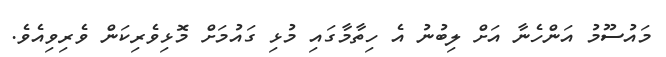
މައުސޫމު އަންހެނާ އަށް ލިބުނު އެ ހިތާމާގައި މުޅި ގައުމަށް މޮޅިވެރިކަން ވެރިވިއެވެ.